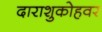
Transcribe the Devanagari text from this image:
दाराशुकोहवर